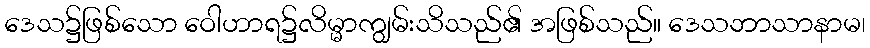
ဒေသ၌ဖြစ်သော ဝေါဟာရ၌လိမ္မာကျွမ်းသိသည်၏ အဖြစ်သည်။ ဒေသဘာသာနာမ၊